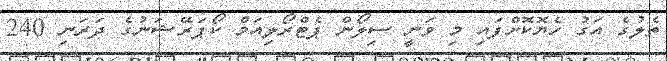
ތެލުގެ އަގު ހެޔޮކޮށްފައި މި ވަނީ ސިލޯން ޕެޓްރޯލިއަމް ކޯޕަރޭޝަނުގެ ދަރަނި 240